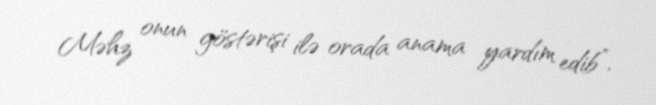
Məhz onun göstərişi ilə orada anama yardım edib”.